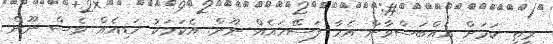
ރީތި ކަމަށް އެއްބަސްވާން އެހާ ފަސޭހައެއް ނޫން. އެކަމަކު ހަޑިއެއް ވެސް ނޫން